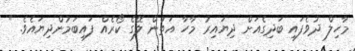
މާހިލް ދުވެފައި ބަދިގެއަށް ދިޔައިރު މާހާ އަތުން ލޭގެ ކޯރެއް ފައިބަމުންދިޔައެވެ. "